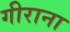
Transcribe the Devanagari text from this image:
गीराना